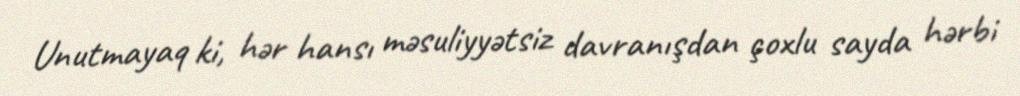
Unutmayaq ki, hər hansı məsuliyyətsiz davranışdan çoxlu sayda hərbi